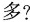
多?